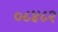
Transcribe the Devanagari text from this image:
०८४८२